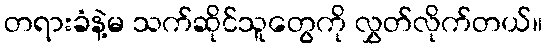
တရားခံနဲ့မ သက်ဆိုင်သူတွေကို လွှတ်လိုက်တယ်။